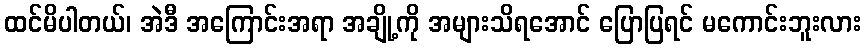
ထင်မိပါတယ်၊ အဲဒီ အကြောင်းအရာ အချို့ကို အများသိရအောင် ပြောပြရင် မကောင်းဘူးလား